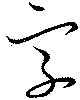
字